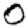
Digit: 0